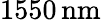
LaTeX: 1550\, \mathrm{nm}